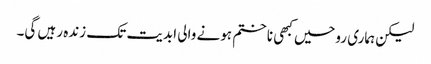
لیکن ہماری روحیں کبھی نا ختم ہونے والی ابدیت تک زندہ رہیں گی۔